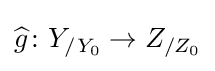
{\widehat {g}}\colon Y_{/Y_{0}}\to Z_{/Z_{0}}